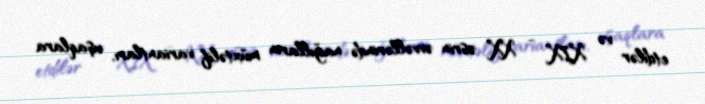
etdilər və XIX - XX əsrin əvvəllərində nağılların müxtəlif variantları, uşaqlara